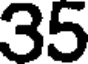
35